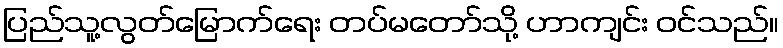
ပြည်သူ့လွတ်မြောက်ရေး တပ်မတော်သို့ ဟာကျင်း ဝင်သည်။